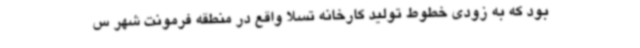
بود که به زودی خطوط تولید کارخانه تسلا واقع در منطقه فرمونت شهر س